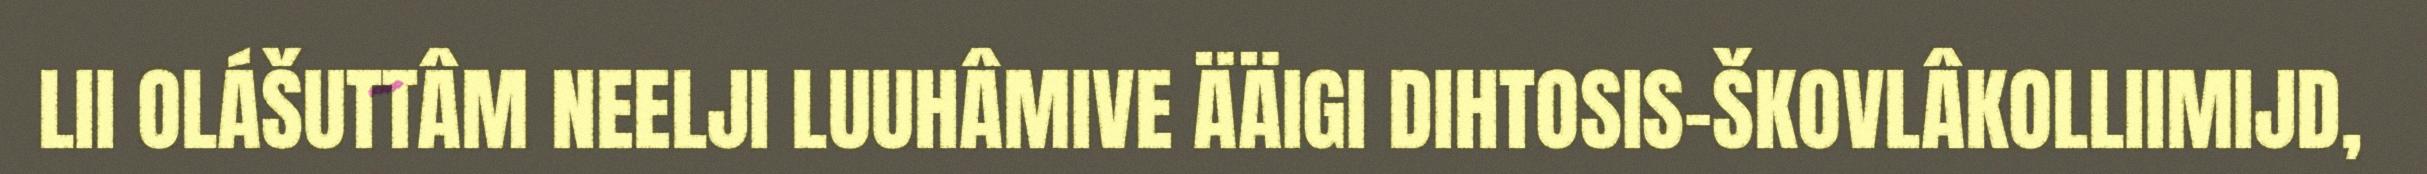
LII OLÁŠUTTÂM NEELJI LUUHÂMIVE ÄÄIGI DIHTOSIS-ŠKOVLÂKOLLIIMIJD,